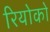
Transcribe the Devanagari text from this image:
रियोको